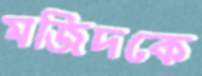
মজিদকে